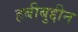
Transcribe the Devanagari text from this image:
हबीबुद्दीन